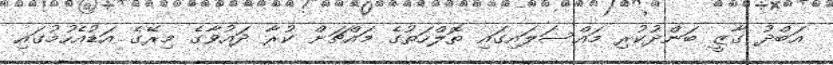
އަބްދު ގާޒީ ބަންދުކުރި މައްސަލައިގައި ތޮލްހަތުގެ މައްޗަށް ކުރާ ދައުވާގެ މިރޭގެ އަޑުއެހުމުގައި